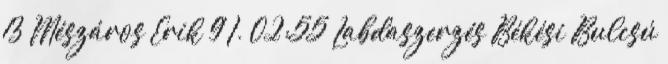
13 Mészáros Erik 9 I. 02:55 Labdaszerzés Békési Bulcsú